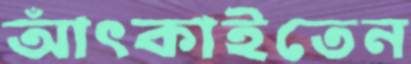
আঁৎকাইতেন